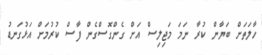
ހާލަތަށް ބަޔާން ކުރާ ނަމަ މަޖިލިސް އަށް ގެންގޮސްގެން ފާސް ކުރުމަށް އަޅުގަނޑު